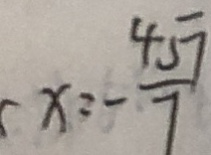
x = - \frac { 4 \sqrt { 7 } } { 7 }